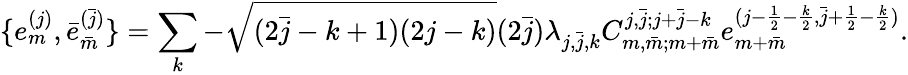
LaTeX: \{ e_{m}^{(j)},\bar{e}_{\bar{m}}^{(\bar{j})}\} =\sum_{k}-\sqrt{(2\bar{j}-k+1)(2j-k)}(2\bar{j})\lambda_{j,\bar{j},k}C_{m,\bar{m};m+\bar{m}}^{j,\bar{j};j+\bar{j}-k}e_{m+\bar{m}}^{(j-\frac{1}{2}-\frac{k}{2},\bar{j}+\frac{1}{2}-\frac{k}{2})}.